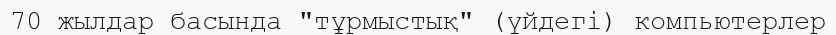
70 жылдар басында "тұрмыстық" (үйдегі) компьютерлер